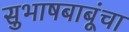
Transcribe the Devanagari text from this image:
सुभाषबाबूंचा